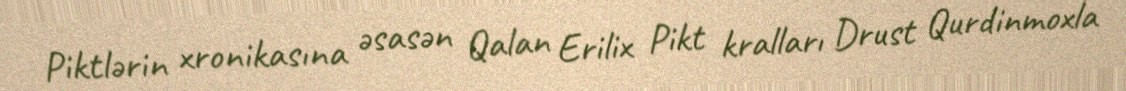
Piktlərin xronikasına əsasən Qalan Erilix Pikt kralları Drust Qurdinmoxla